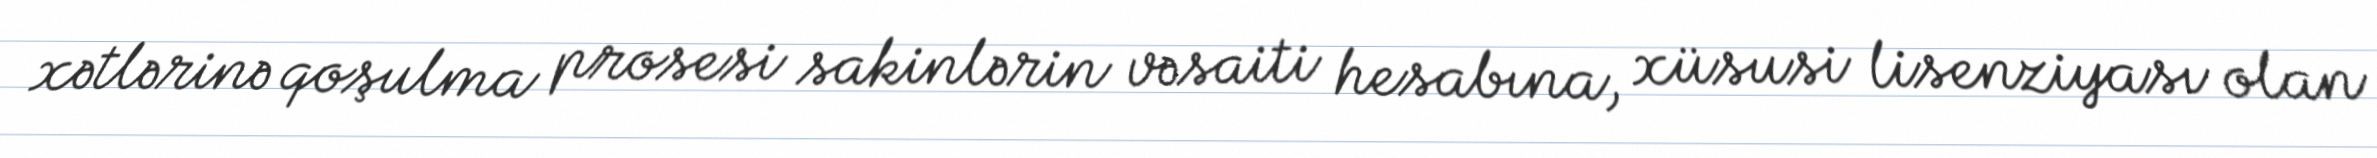
xətlərinə qoşulma prosesi sakinlərin vəsaiti hesabına, xüsusi lisenziyası olan